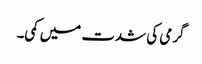
گرمی کی شدت میں کمی۔